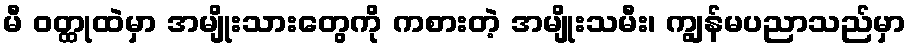
မီ ဝတ္ထုထဲမှာ အမျိုးသားတွေကို ကစားတဲ့ အမျိုးသမီး၊ ကျွန်မပညာသည်မှာ